Vaccination in Burma 1889-1999 - 1889-1999
Year: 1889
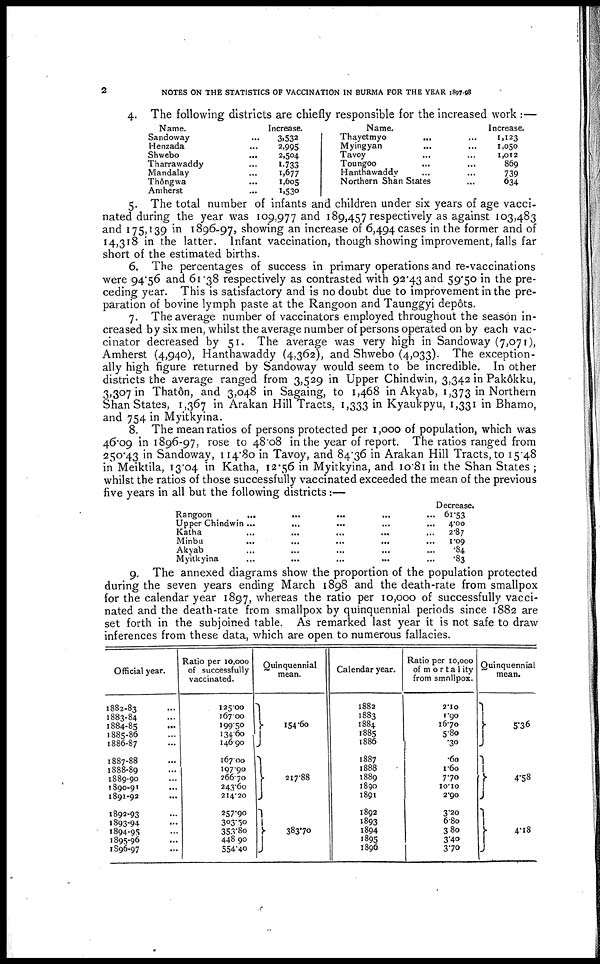
2
NOTES ON THE STATISTICS OF VACCINATION IN BURMA FOR THE YEAR 1897-98
4. The following districts are chiefly responsible for the increased work :—
Name.
Sandoway ...
Henzada ...
Shwebo ...
Tharrawaddy ...
Mandalay ... ...
Thôngwa ... ...
Amherst ... ...
Increase.
3,532
2,995
2,504
1,733
1,677
1,605
1,530
Name.
Thayetmyo
...
...
Myingyan ... ...
Tavoy ... ...
Toungoo ... ...
Hanthawaddy ... ...
Northern Shan States
Increase.
1,123
1,050
1,012
869
739
634
5. The total number of infants and children under six years of age vacci-
nated during the year was 109,977 and 189,457 respectively as against 103,483
and 175,139 in 1896-97, showing an increase of 6,494 cases in the former and of
14,318 in the latter. Infant vaccination, though showing improvement, falls far
short of the estimated births.
6. The percentages of success in primary operations and re-vaccinations
were 94.56 and 61.38 respectively as contrasted with 92.43 and 59.50 in the pre-
ceding year. This is satisfactory and is no doubt due to improvement in the pre-
paration of bovine lymph paste at the Rangoon and Taunggyi depôts.
7. The average number of vaccinators employed throughout the season in-
creased by six men, whilst the average number of persons operated on by each vac-
cinator decreased by 51. The average was very high in Sandoway (7,071),
Amherst (4,940), Hanthawaddy (4,362), and Shwebo (4,033). The exception-
ally high figure returned by Sandoway would seem to be incredible. In other
districts the average ranged from 3,529 in Upper Chindwin, 3,342 in Pakôkku,
3,307 in Thatôn, and 3,048 in Sagaing, to 1,468 in Akyab, 1,373 in Northern
Shan States, 1,367 in Arakan Hill Tracts, 1,333 in Kyaukpyu, 1,331 in Bhamo,
and 754 in Myitkyina.
8. The mean ratios of persons protected per 1,000 of population, which was
46.09 in 1896-97, rose to 48.08 in the year of report. The ratios ranged from
250.43 in Sandoway, 114.80 in Tavoy, and 84.36 in Arakan Hill Tracts, to 15.48
in Meiktila, 13.04 in Katha, 12.56 in Myitkyina, and 10.81 in the Shan States ;
whilst the ratios of those successfully vaccinated exceeded the mean of the previous
five years in all but the following districts:—
Rangoon ... ... ... ... ...
Upper Chindwin ... ... ... ... ...
Katha ... ... ... ... ... ...
Minbu ... ... ... ... ...
Akyab ... ... ... ... ... ...
Myitkyina
...
...
...
...
...
Decrease.
61.53
4.00
2.87
1.09
.84
.83
9. The annexed diagrams show the proportion of the population protected
during the seven years ending March 1898 and the death-rate from smallpox
for the calendar year 1897, whereas the ratio per 10,000 of successfully vacci-
nated and the death-rate from smallpox by quinquennial periods since 1882 are
set forth in the subjoined table. As remarked last year it is not safe to draw
inferences from these data, which are open to numerous fallacies.
Official year.
1882-83 ...
1883-84 ...
1884-85 ...
1885-86 ...
1886-87 ...
1887-88 ...
1888-89 ...
1889-90...
1890-91 ...
1891-92 ...
1892-93 ...
1893-94 ...
1894-95...
1895-96 ...
1896-97 ...
Ratio per 10,000
of successfully
vaccinated.
125.00
167.00
199.50
134.60
146.90
167.00
197.90
266.70
243.60
214.20
257.90
303.50
353.80
448.90
554.40
Quinquennial
mean.
154.60
217.88
383.70
Calendar year.
1882
1883
1884
1885
1886
1887
1888
1889
1890
1891
1892
1893
1894
1895
1896
Ratio per 10,000
of mortality
from smallpox.
2.10
1.90
16.70
5.80
.30
.60
1.60
7.70
10.10
2.90
3.20
6.80
3.80
3.40
3.70
Quinquennial
mean.
5.36
4.58
4.18